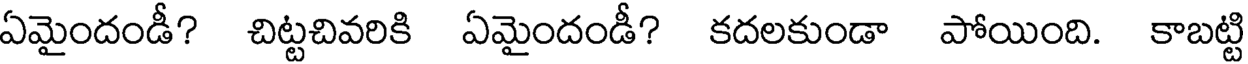
ఏమైందండీ? చిట్టచివరికి ఏమైందండీ? కదలకుండా పోయింది. కాబట్ట